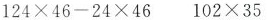
$$1 2 4 \times 4 6 - 2 4 \times 4 6$$ $$1 0 2 \times 3 5$$